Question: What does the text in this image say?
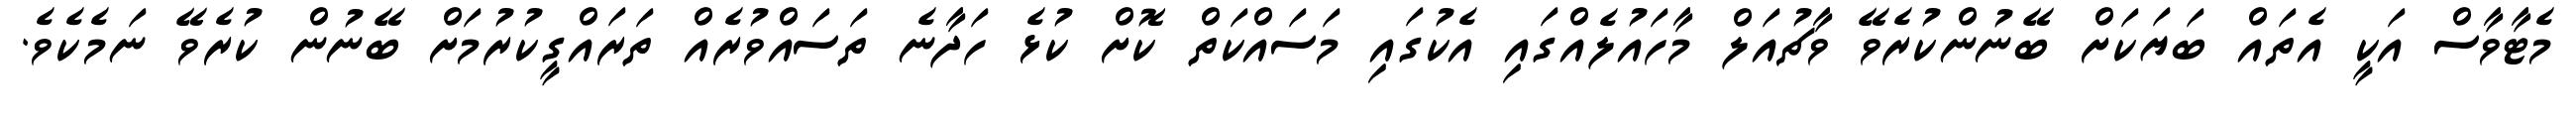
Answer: މެޓާވާސް އަކީ އެތައް ބަޔަކަށް ބޭނުންކުރެވޭ ވާޗުއަލް މާހައުލެއްގައި އެކުގައި މަސައްކަތް ކޮށް ކުޅެ ހަދާނެ ތަސައްވުރެއް ތަރައްގީކުރުމަށް ބޭނުން ކުރެވޭ ނަމެކެވެ.